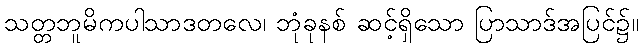
သတ္တဘူမိကပါသာဒတလေ၊ ဘုံခုနစ် ဆင့်ရှိသော ပြာသာဒ်အပြင်၌။